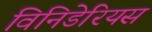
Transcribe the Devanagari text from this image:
विनिडेरियस